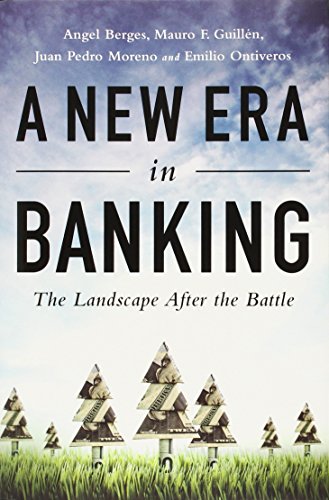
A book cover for A New Era in Banking: The Landscape After the Battle; Angel Berges; Business & Money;